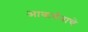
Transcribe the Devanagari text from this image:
आकर्षनाचे